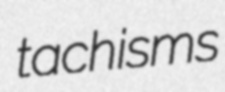
tachisms